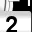
Digit: 2